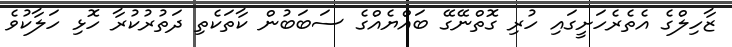
ޒާހިލްގެ އެތެރެހަށީގައި ހުރި ގޮތްނޭގޭ ބައްޔެއްގެ ސަބަބުން ކާތަކެތި ދަތުރުކުރާ ހޮޅި ހަލާކުވެ